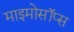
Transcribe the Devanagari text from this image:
माइमोसॉप्स